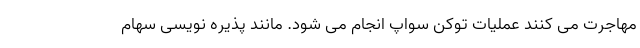
مهاجرت می کنند عملیات توکن سواپ انجام می شود. مانند پذیره نویسی سهام